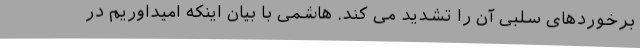
برخوردهای سلبی آن را تشدید می کند. هاشمی با بیان اینکه امیداوریم در